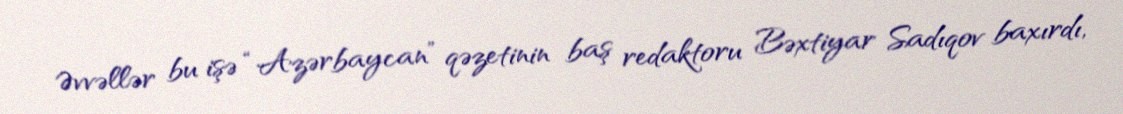
Əvvəllər bu işə “Azərbaycan” qəzetinin baş redaktoru Bəxtiyar Sadıqov baxırdı,